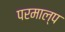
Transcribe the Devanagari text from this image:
परमाल्प